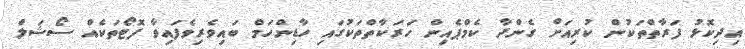
އިދިކޮޅު ފަރާތްތަކުން ކުރިއަށް ގެންދާ ކެމްޕެއިން ހަރަކާތްތަކުގައި ހާޑިންހަމް ބައިވެރިވެފައިވާ ފޮޓޯތަކެއް ސޯޝަލް